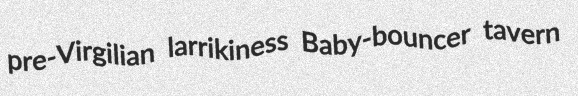
pre-Virgilian larrikiness Baby-bouncer tavern